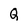
Character: Q